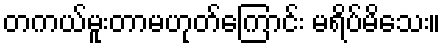
တကယ်မူးတာမဟုတ်ကြောင်း မရိပ်မိသေး။